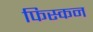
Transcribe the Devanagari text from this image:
फिस्कन